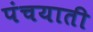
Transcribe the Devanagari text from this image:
पंचयाती